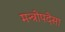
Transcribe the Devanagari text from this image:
मन्त्रोपदेसा